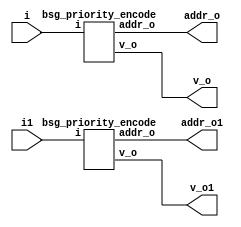


module top
(
  i,
  addr_o,
  v_o,
  i1, // added for decompiling
  addr_o1, // added for decompiling
  v_o1 // added for decompiling
);

  input [31:0] i;
  output [4:0] addr_o;
  output v_o;
  input [31:0] i1; // added for decompiling
  output [4:0] addr_o1; // added for decompiling
  output v_o1; // added for decompiling

  bsg_priority_encode
  wrapper
  (
    .i(i),
    .addr_o(addr_o),
    .v_o(v_o)
  );

  bsg_priority_encode
  wrapper1
  (
    .i(i1), // added for decompiling
    .addr_o(addr_o1), // added for decompiling
    .v_o(v_o1) // added for decompiling
  );

endmodule



module bsg_scan_width_p32_or_p1_lo_to_hi_p0
(
  i,
  o
);

  input [31:0] i;
  output [31:0] o;
  wire [31:0] o;
  wire t_4__31_,t_4__30_,t_4__29_,t_4__28_,t_4__27_,t_4__26_,t_4__25_,t_4__24_,
  t_4__23_,t_4__22_,t_4__21_,t_4__20_,t_4__19_,t_4__18_,t_4__17_,t_4__16_,t_4__15_,
  t_4__14_,t_4__13_,t_4__12_,t_4__11_,t_4__10_,t_4__9_,t_4__8_,t_4__7_,t_4__6_,t_4__5_,
  t_4__4_,t_4__3_,t_4__2_,t_4__1_,t_4__0_,t_3__31_,t_3__30_,t_3__29_,t_3__28_,
  t_3__27_,t_3__26_,t_3__25_,t_3__24_,t_3__23_,t_3__22_,t_3__21_,t_3__20_,t_3__19_,
  t_3__18_,t_3__17_,t_3__16_,t_3__15_,t_3__14_,t_3__13_,t_3__12_,t_3__11_,t_3__10_,
  t_3__9_,t_3__8_,t_3__7_,t_3__6_,t_3__5_,t_3__4_,t_3__3_,t_3__2_,t_3__1_,t_3__0_,
  t_2__31_,t_2__30_,t_2__29_,t_2__28_,t_2__27_,t_2__26_,t_2__25_,t_2__24_,t_2__23_,
  t_2__22_,t_2__21_,t_2__20_,t_2__19_,t_2__18_,t_2__17_,t_2__16_,t_2__15_,t_2__14_,
  t_2__13_,t_2__12_,t_2__11_,t_2__10_,t_2__9_,t_2__8_,t_2__7_,t_2__6_,t_2__5_,
  t_2__4_,t_2__3_,t_2__2_,t_2__1_,t_2__0_,t_1__31_,t_1__30_,t_1__29_,t_1__28_,t_1__27_,
  t_1__26_,t_1__25_,t_1__24_,t_1__23_,t_1__22_,t_1__21_,t_1__20_,t_1__19_,t_1__18_,
  t_1__17_,t_1__16_,t_1__15_,t_1__14_,t_1__13_,t_1__12_,t_1__11_,t_1__10_,t_1__9_,
  t_1__8_,t_1__7_,t_1__6_,t_1__5_,t_1__4_,t_1__3_,t_1__2_,t_1__1_,t_1__0_;
  assign t_1__31_ = i[31] | 1'b0;
  assign t_1__30_ = i[30] | i[31];
  assign t_1__29_ = i[29] | i[30];
  assign t_1__28_ = i[28] | i[29];
  assign t_1__27_ = i[27] | i[28];
  assign t_1__26_ = i[26] | i[27];
  assign t_1__25_ = i[25] | i[26];
  assign t_1__24_ = i[24] | i[25];
  assign t_1__23_ = i[23] | i[24];
  assign t_1__22_ = i[22] | i[23];
  assign t_1__21_ = i[21] | i[22];
  assign t_1__20_ = i[20] | i[21];
  assign t_1__19_ = i[19] | i[20];
  assign t_1__18_ = i[18] | i[19];
  assign t_1__17_ = i[17] | i[18];
  assign t_1__16_ = i[16] | i[17];
  assign t_1__15_ = i[15] | i[16];
  assign t_1__14_ = i[14] | i[15];
  assign t_1__13_ = i[13] | i[14];
  assign t_1__12_ = i[12] | i[13];
  assign t_1__11_ = i[11] | i[12];
  assign t_1__10_ = i[10] | i[11];
  assign t_1__9_ = i[9] | i[10];
  assign t_1__8_ = i[8] | i[9];
  assign t_1__7_ = i[7] | i[8];
  assign t_1__6_ = i[6] | i[7];
  assign t_1__5_ = i[5] | i[6];
  assign t_1__4_ = i[4] | i[5];
  assign t_1__3_ = i[3] | i[4];
  assign t_1__2_ = i[2] | i[3];
  assign t_1__1_ = i[1] | i[2];
  assign t_1__0_ = i[0] | i[1];
  assign t_2__31_ = t_1__31_ | 1'b0;
  assign t_2__30_ = t_1__30_ | 1'b0;
  assign t_2__29_ = t_1__29_ | t_1__31_;
  assign t_2__28_ = t_1__28_ | t_1__30_;
  assign t_2__27_ = t_1__27_ | t_1__29_;
  assign t_2__26_ = t_1__26_ | t_1__28_;
  assign t_2__25_ = t_1__25_ | t_1__27_;
  assign t_2__24_ = t_1__24_ | t_1__26_;
  assign t_2__23_ = t_1__23_ | t_1__25_;
  assign t_2__22_ = t_1__22_ | t_1__24_;
  assign t_2__21_ = t_1__21_ | t_1__23_;
  assign t_2__20_ = t_1__20_ | t_1__22_;
  assign t_2__19_ = t_1__19_ | t_1__21_;
  assign t_2__18_ = t_1__18_ | t_1__20_;
  assign t_2__17_ = t_1__17_ | t_1__19_;
  assign t_2__16_ = t_1__16_ | t_1__18_;
  assign t_2__15_ = t_1__15_ | t_1__17_;
  assign t_2__14_ = t_1__14_ | t_1__16_;
  assign t_2__13_ = t_1__13_ | t_1__15_;
  assign t_2__12_ = t_1__12_ | t_1__14_;
  assign t_2__11_ = t_1__11_ | t_1__13_;
  assign t_2__10_ = t_1__10_ | t_1__12_;
  assign t_2__9_ = t_1__9_ | t_1__11_;
  assign t_2__8_ = t_1__8_ | t_1__10_;
  assign t_2__7_ = t_1__7_ | t_1__9_;
  assign t_2__6_ = t_1__6_ | t_1__8_;
  assign t_2__5_ = t_1__5_ | t_1__7_;
  assign t_2__4_ = t_1__4_ | t_1__6_;
  assign t_2__3_ = t_1__3_ | t_1__5_;
  assign t_2__2_ = t_1__2_ | t_1__4_;
  assign t_2__1_ = t_1__1_ | t_1__3_;
  assign t_2__0_ = t_1__0_ | t_1__2_;
  assign t_3__31_ = t_2__31_ | 1'b0;
  assign t_3__30_ = t_2__30_ | 1'b0;
  assign t_3__29_ = t_2__29_ | 1'b0;
  assign t_3__28_ = t_2__28_ | 1'b0;
  assign t_3__27_ = t_2__27_ | t_2__31_;
  assign t_3__26_ = t_2__26_ | t_2__30_;
  assign t_3__25_ = t_2__25_ | t_2__29_;
  assign t_3__24_ = t_2__24_ | t_2__28_;
  assign t_3__23_ = t_2__23_ | t_2__27_;
  assign t_3__22_ = t_2__22_ | t_2__26_;
  assign t_3__21_ = t_2__21_ | t_2__25_;
  assign t_3__20_ = t_2__20_ | t_2__24_;
  assign t_3__19_ = t_2__19_ | t_2__23_;
  assign t_3__18_ = t_2__18_ | t_2__22_;
  assign t_3__17_ = t_2__17_ | t_2__21_;
  assign t_3__16_ = t_2__16_ | t_2__20_;
  assign t_3__15_ = t_2__15_ | t_2__19_;
  assign t_3__14_ = t_2__14_ | t_2__18_;
  assign t_3__13_ = t_2__13_ | t_2__17_;
  assign t_3__12_ = t_2__12_ | t_2__16_;
  assign t_3__11_ = t_2__11_ | t_2__15_;
  assign t_3__10_ = t_2__10_ | t_2__14_;
  assign t_3__9_ = t_2__9_ | t_2__13_;
  assign t_3__8_ = t_2__8_ | t_2__12_;
  assign t_3__7_ = t_2__7_ | t_2__11_;
  assign t_3__6_ = t_2__6_ | t_2__10_;
  assign t_3__5_ = t_2__5_ | t_2__9_;
  assign t_3__4_ = t_2__4_ | t_2__8_;
  assign t_3__3_ = t_2__3_ | t_2__7_;
  assign t_3__2_ = t_2__2_ | t_2__6_;
  assign t_3__1_ = t_2__1_ | t_2__5_;
  assign t_3__0_ = t_2__0_ | t_2__4_;
  assign t_4__31_ = t_3__31_ | 1'b0;
  assign t_4__30_ = t_3__30_ | 1'b0;
  assign t_4__29_ = t_3__29_ | 1'b0;
  assign t_4__28_ = t_3__28_ | 1'b0;
  assign t_4__27_ = t_3__27_ | 1'b0;
  assign t_4__26_ = t_3__26_ | 1'b0;
  assign t_4__25_ = t_3__25_ | 1'b0;
  assign t_4__24_ = t_3__24_ | 1'b0;
  assign t_4__23_ = t_3__23_ | t_3__31_;
  assign t_4__22_ = t_3__22_ | t_3__30_;
  assign t_4__21_ = t_3__21_ | t_3__29_;
  assign t_4__20_ = t_3__20_ | t_3__28_;
  assign t_4__19_ = t_3__19_ | t_3__27_;
  assign t_4__18_ = t_3__18_ | t_3__26_;
  assign t_4__17_ = t_3__17_ | t_3__25_;
  assign t_4__16_ = t_3__16_ | t_3__24_;
  assign t_4__15_ = t_3__15_ | t_3__23_;
  assign t_4__14_ = t_3__14_ | t_3__22_;
  assign t_4__13_ = t_3__13_ | t_3__21_;
  assign t_4__12_ = t_3__12_ | t_3__20_;
  assign t_4__11_ = t_3__11_ | t_3__19_;
  assign t_4__10_ = t_3__10_ | t_3__18_;
  assign t_4__9_ = t_3__9_ | t_3__17_;
  assign t_4__8_ = t_3__8_ | t_3__16_;
  assign t_4__7_ = t_3__7_ | t_3__15_;
  assign t_4__6_ = t_3__6_ | t_3__14_;
  assign t_4__5_ = t_3__5_ | t_3__13_;
  assign t_4__4_ = t_3__4_ | t_3__12_;
  assign t_4__3_ = t_3__3_ | t_3__11_;
  assign t_4__2_ = t_3__2_ | t_3__10_;
  assign t_4__1_ = t_3__1_ | t_3__9_;
  assign t_4__0_ = t_3__0_ | t_3__8_;
  assign o[31] = t_4__31_ | 1'b0;
  assign o[30] = t_4__30_ | 1'b0;
  assign o[29] = t_4__29_ | 1'b0;
  assign o[28] = t_4__28_ | 1'b0;
  assign o[27] = t_4__27_ | 1'b0;
  assign o[26] = t_4__26_ | 1'b0;
  assign o[25] = t_4__25_ | 1'b0;
  assign o[24] = t_4__24_ | 1'b0;
  assign o[23] = t_4__23_ | 1'b0;
  assign o[22] = t_4__22_ | 1'b0;
  assign o[21] = t_4__21_ | 1'b0;
  assign o[20] = t_4__20_ | 1'b0;
  assign o[19] = t_4__19_ | 1'b0;
  assign o[18] = t_4__18_ | 1'b0;
  assign o[17] = t_4__17_ | 1'b0;
  assign o[16] = t_4__16_ | 1'b0;
  assign o[15] = t_4__15_ | t_4__31_;
  assign o[14] = t_4__14_ | t_4__30_;
  assign o[13] = t_4__13_ | t_4__29_;
  assign o[12] = t_4__12_ | t_4__28_;
  assign o[11] = t_4__11_ | t_4__27_;
  assign o[10] = t_4__10_ | t_4__26_;
  assign o[9] = t_4__9_ | t_4__25_;
  assign o[8] = t_4__8_ | t_4__24_;
  assign o[7] = t_4__7_ | t_4__23_;
  assign o[6] = t_4__6_ | t_4__22_;
  assign o[5] = t_4__5_ | t_4__21_;
  assign o[4] = t_4__4_ | t_4__20_;
  assign o[3] = t_4__3_ | t_4__19_;
  assign o[2] = t_4__2_ | t_4__18_;
  assign o[1] = t_4__1_ | t_4__17_;
  assign o[0] = t_4__0_ | t_4__16_;

endmodule



module bsg_priority_encode_one_hot_out_width_p32_lo_to_hi_p0
(
  i,
  o,
  v_o
);

  input [31:0] i;
  output [31:0] o;
  output v_o;
  wire [31:0] o;
  wire v_o,N0,N1,N2,N3,N4,N5,N6,N7,N8,N9,N10,N11,N12,N13,N14,N15,N16,N17,N18,N19,N20,
  N21,N22,N23,N24,N25,N26,N27,N28,N29,N30;
  wire [30:1] scan_lo;

  bsg_scan_width_p32_or_p1_lo_to_hi_p0
  \nw1.scan 
  (
    .i(i),
    .o({ o[31:31], scan_lo, v_o })
  );

  assign o[30] = scan_lo[30] & N0;
  assign N0 = ~o[31];
  assign o[29] = scan_lo[29] & N1;
  assign N1 = ~scan_lo[30];
  assign o[28] = scan_lo[28] & N2;
  assign N2 = ~scan_lo[29];
  assign o[27] = scan_lo[27] & N3;
  assign N3 = ~scan_lo[28];
  assign o[26] = scan_lo[26] & N4;
  assign N4 = ~scan_lo[27];
  assign o[25] = scan_lo[25] & N5;
  assign N5 = ~scan_lo[26];
  assign o[24] = scan_lo[24] & N6;
  assign N6 = ~scan_lo[25];
  assign o[23] = scan_lo[23] & N7;
  assign N7 = ~scan_lo[24];
  assign o[22] = scan_lo[22] & N8;
  assign N8 = ~scan_lo[23];
  assign o[21] = scan_lo[21] & N9;
  assign N9 = ~scan_lo[22];
  assign o[20] = scan_lo[20] & N10;
  assign N10 = ~scan_lo[21];
  assign o[19] = scan_lo[19] & N11;
  assign N11 = ~scan_lo[20];
  assign o[18] = scan_lo[18] & N12;
  assign N12 = ~scan_lo[19];
  assign o[17] = scan_lo[17] & N13;
  assign N13 = ~scan_lo[18];
  assign o[16] = scan_lo[16] & N14;
  assign N14 = ~scan_lo[17];
  assign o[15] = scan_lo[15] & N15;
  assign N15 = ~scan_lo[16];
  assign o[14] = scan_lo[14] & N16;
  assign N16 = ~scan_lo[15];
  assign o[13] = scan_lo[13] & N17;
  assign N17 = ~scan_lo[14];
  assign o[12] = scan_lo[12] & N18;
  assign N18 = ~scan_lo[13];
  assign o[11] = scan_lo[11] & N19;
  assign N19 = ~scan_lo[12];
  assign o[10] = scan_lo[10] & N20;
  assign N20 = ~scan_lo[11];
  assign o[9] = scan_lo[9] & N21;
  assign N21 = ~scan_lo[10];
  assign o[8] = scan_lo[8] & N22;
  assign N22 = ~scan_lo[9];
  assign o[7] = scan_lo[7] & N23;
  assign N23 = ~scan_lo[8];
  assign o[6] = scan_lo[6] & N24;
  assign N24 = ~scan_lo[7];
  assign o[5] = scan_lo[5] & N25;
  assign N25 = ~scan_lo[6];
  assign o[4] = scan_lo[4] & N26;
  assign N26 = ~scan_lo[5];
  assign o[3] = scan_lo[3] & N27;
  assign N27 = ~scan_lo[4];
  assign o[2] = scan_lo[2] & N28;
  assign N28 = ~scan_lo[3];
  assign o[1] = scan_lo[1] & N29;
  assign N29 = ~scan_lo[2];
  assign o[0] = v_o & N30;
  assign N30 = ~scan_lo[1];

endmodule



module bsg_encode_one_hot_width_p32_lo_to_hi_p0
(
  i,
  addr_o,
  v_o
);

  input [31:0] i;
  output [4:0] addr_o;
  output v_o;
  wire [4:0] addr_o;
  wire v_o,v_4__16_,v_3__24_,v_3__16_,v_3__8_,v_3__0_,v_2__28_,v_2__24_,v_2__20_,
  v_2__16_,v_2__12_,v_2__8_,v_2__4_,v_2__0_,v_1__30_,v_1__28_,v_1__26_,v_1__24_,
  v_1__22_,v_1__20_,v_1__18_,v_1__16_,v_1__14_,v_1__12_,v_1__10_,v_1__8_,v_1__6_,v_1__4_,
  v_1__2_,v_1__0_,addr_4__18_,addr_4__17_,addr_4__16_,addr_4__2_,addr_4__1_,
  addr_4__0_,addr_3__25_,addr_3__24_,addr_3__17_,addr_3__16_,addr_3__9_,addr_3__8_,
  addr_3__1_,addr_3__0_,addr_2__28_,addr_2__24_,addr_2__20_,addr_2__16_,addr_2__12_,
  addr_2__8_,addr_2__4_,addr_2__0_;
  assign v_1__0_ = i[1] | i[0];
  assign v_1__2_ = i[3] | i[2];
  assign v_1__4_ = i[5] | i[4];
  assign v_1__6_ = i[7] | i[6];
  assign v_1__8_ = i[9] | i[8];
  assign v_1__10_ = i[11] | i[10];
  assign v_1__12_ = i[13] | i[12];
  assign v_1__14_ = i[15] | i[14];
  assign v_1__16_ = i[17] | i[16];
  assign v_1__18_ = i[19] | i[18];
  assign v_1__20_ = i[21] | i[20];
  assign v_1__22_ = i[23] | i[22];
  assign v_1__24_ = i[25] | i[24];
  assign v_1__26_ = i[27] | i[26];
  assign v_1__28_ = i[29] | i[28];
  assign v_1__30_ = i[31] | i[30];
  assign v_2__0_ = v_1__2_ | v_1__0_;
  assign addr_2__0_ = i[0] | i[2];
  assign v_2__4_ = v_1__6_ | v_1__4_;
  assign addr_2__4_ = i[4] | i[6];
  assign v_2__8_ = v_1__10_ | v_1__8_;
  assign addr_2__8_ = i[8] | i[10];
  assign v_2__12_ = v_1__14_ | v_1__12_;
  assign addr_2__12_ = i[12] | i[14];
  assign v_2__16_ = v_1__18_ | v_1__16_;
  assign addr_2__16_ = i[16] | i[18];
  assign v_2__20_ = v_1__22_ | v_1__20_;
  assign addr_2__20_ = i[20] | i[22];
  assign v_2__24_ = v_1__26_ | v_1__24_;
  assign addr_2__24_ = i[24] | i[26];
  assign v_2__28_ = v_1__30_ | v_1__28_;
  assign addr_2__28_ = i[28] | i[30];
  assign v_3__0_ = v_2__4_ | v_2__0_;
  assign addr_3__1_ = v_1__0_ | v_1__4_;
  assign addr_3__0_ = addr_2__0_ | addr_2__4_;
  assign v_3__8_ = v_2__12_ | v_2__8_;
  assign addr_3__9_ = v_1__8_ | v_1__12_;
  assign addr_3__8_ = addr_2__8_ | addr_2__12_;
  assign v_3__16_ = v_2__20_ | v_2__16_;
  assign addr_3__17_ = v_1__16_ | v_1__20_;
  assign addr_3__16_ = addr_2__16_ | addr_2__20_;
  assign v_3__24_ = v_2__28_ | v_2__24_;
  assign addr_3__25_ = v_1__24_ | v_1__28_;
  assign addr_3__24_ = addr_2__24_ | addr_2__28_;
  assign addr_o[4] = v_3__8_ | v_3__0_;
  assign addr_4__2_ = v_2__0_ | v_2__8_;
  assign addr_4__1_ = addr_3__1_ | addr_3__9_;
  assign addr_4__0_ = addr_3__0_ | addr_3__8_;
  assign v_4__16_ = v_3__24_ | v_3__16_;
  assign addr_4__18_ = v_2__16_ | v_2__24_;
  assign addr_4__17_ = addr_3__17_ | addr_3__25_;
  assign addr_4__16_ = addr_3__16_ | addr_3__24_;
  assign v_o = v_4__16_ | addr_o[4];
  assign addr_o[3] = v_3__0_ | v_3__16_;
  assign addr_o[2] = addr_4__2_ | addr_4__18_;
  assign addr_o[1] = addr_4__1_ | addr_4__17_;
  assign addr_o[0] = addr_4__0_ | addr_4__16_;

endmodule



module bsg_priority_encode
(
  i,
  addr_o,
  v_o
);

  input [31:0] i;
  output [4:0] addr_o;
  output v_o;
  wire [4:0] addr_o;
  wire v_o;
  wire [31:0] enc_lo;

  bsg_priority_encode_one_hot_out_width_p32_lo_to_hi_p0
  a
  (
    .i(i),
    .o(enc_lo),
    .v_o(v_o)
  );


  bsg_encode_one_hot_width_p32_lo_to_hi_p0
  b
  (
    .i(enc_lo),
    .addr_o(addr_o)
  );


endmodule